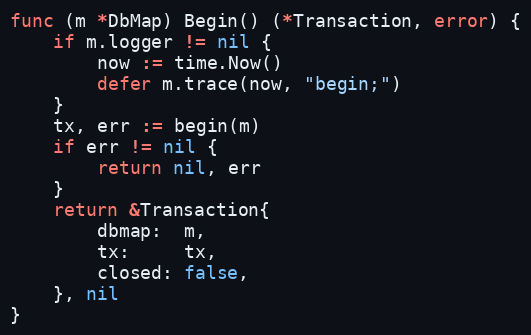
Language: Go
func (m *DbMap) Begin() (*Transaction, error) {
	if m.logger != nil {
		now := time.Now()
		defer m.trace(now, "begin;")
	}
	tx, err := begin(m)
	if err != nil {
		return nil, err
	}
	return &Transaction{
		dbmap:  m,
		tx:     tx,
		closed: false,
	}, nil
}